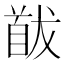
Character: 𩠕